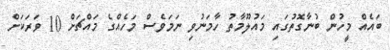
ބައެއް މީހުން ބުނާގޮތުގައި މައުލޫމާތު ހާމަނުވި ނަމަވެސް މަހެއްގެ މައްޗަށް 10 ވަރަކަށް